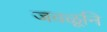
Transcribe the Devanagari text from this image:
जवळूनि